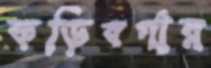
কড়িবর্গার